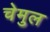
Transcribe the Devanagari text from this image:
चेमुल